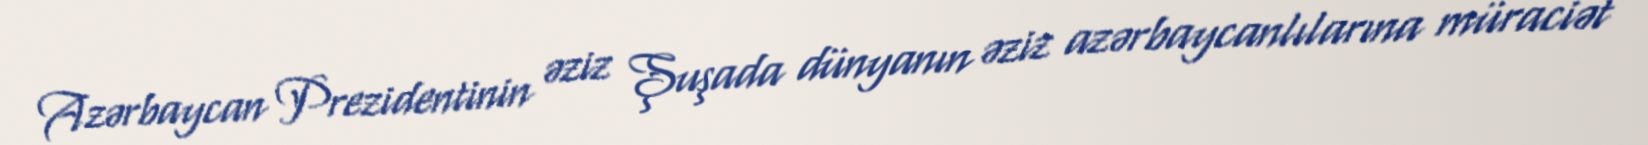
Azərbaycan Prezidentinin əziz Şuşada dünyanın əziz azərbaycanlılarına müraciət